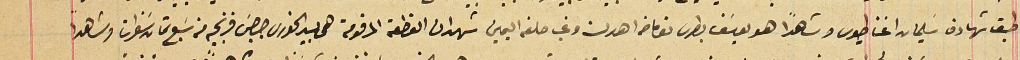
طبق شهادة سَليمان اغناطيوس وشاهدًا هو يوسَف بطرس توما من اهدن وغب حلفه اليمين شهد ان القطعة المرقومة هى بيد الخورى جرجسَ فرنجيه من سَبع ثمان سَنوات وشاهداً